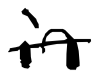
Text: in
Cross-out: single-line
Writing tool: digital_black